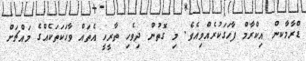
ޑްރާމާަކން އިކްރާމް ފާހަގަކުރެއްވިއެވެ. މި ގޮތުން ދިވެހި ތާރީހީ އެތައް ވާހަކަތަކެއްގެ މައްޗަށް